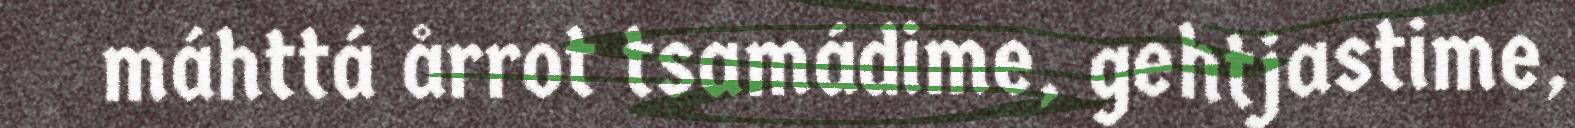
máhttá årrot tsamádime, gehtjastime,